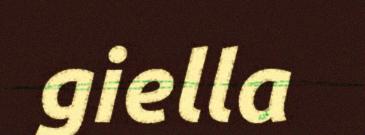
giella